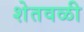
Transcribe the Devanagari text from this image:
शेतवळी